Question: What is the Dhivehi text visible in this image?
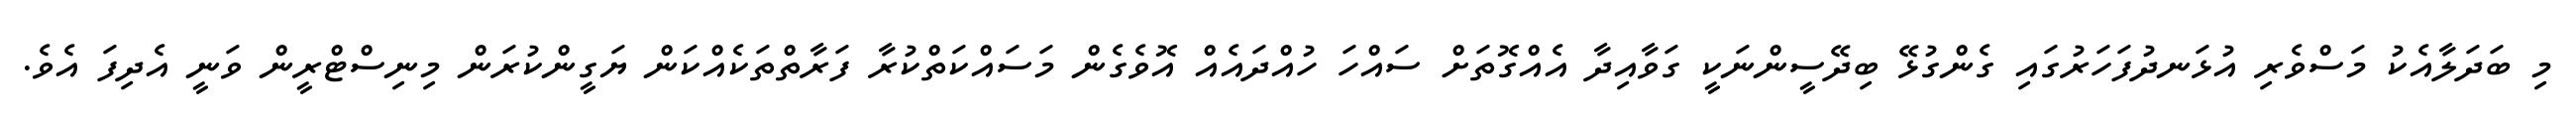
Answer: މި ބަދަލާއެކު މަސްވެރި އުޅަނދުފަހަރުގައި ގެންގުޅޭ ބިދޭސީންނަކީ ގަވާއިދާ އެއްގޮތަށް ސައްހަ ހުއްދައެއް އޮވެގެން މަސައްކަތްކުރާ ފަރާތްތަކެއްކަން ޔަގީންކުރަން މިނިސްޓްރީން ވަނީ އެދިފަ އެވެ.